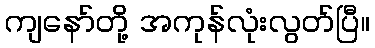
ကျနော်တို့ အကုန်လုံးလွတ်ပြီ။